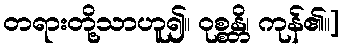
တရားတို့သာဟူ၍။ ဝုစ္စန္တိ၊ ကုန်၏။]